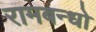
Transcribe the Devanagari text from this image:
रामबन्धो